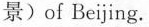
景)of Beijing.